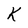
Character: k